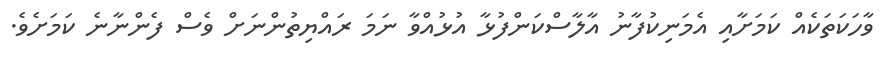
ވާހަކަތަކެއް ކަމަށާއި އެމަނިކުފާނު އާލާސްކަންފުޅާ އުޅުއްވާ ނަމަ ރައްޔިތުންނަށް ވެސް ފެންނާނެ ކަމަށެވެ.